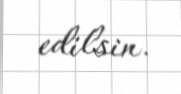
edilsin.